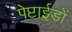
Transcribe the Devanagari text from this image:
पेप्टाईडों